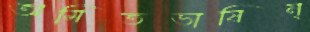
অমিতভাষিন্